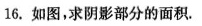
16.如图，求阴影部分的面积.